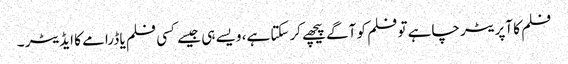
فلم کا آپریٹر چاہے تو فلم کو آگے پیچھے کرسکتا ہے، ویسے ہی جیسے کسی فلم یا ڈرامے کا ایڈیٹر ۔